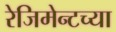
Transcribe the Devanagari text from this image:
रेजिमेन्टच्या